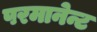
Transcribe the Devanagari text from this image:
परमानेन्ट